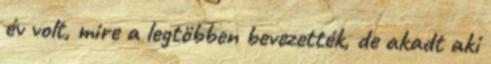
év volt, mire a legtöbben bevezették, de akadt aki